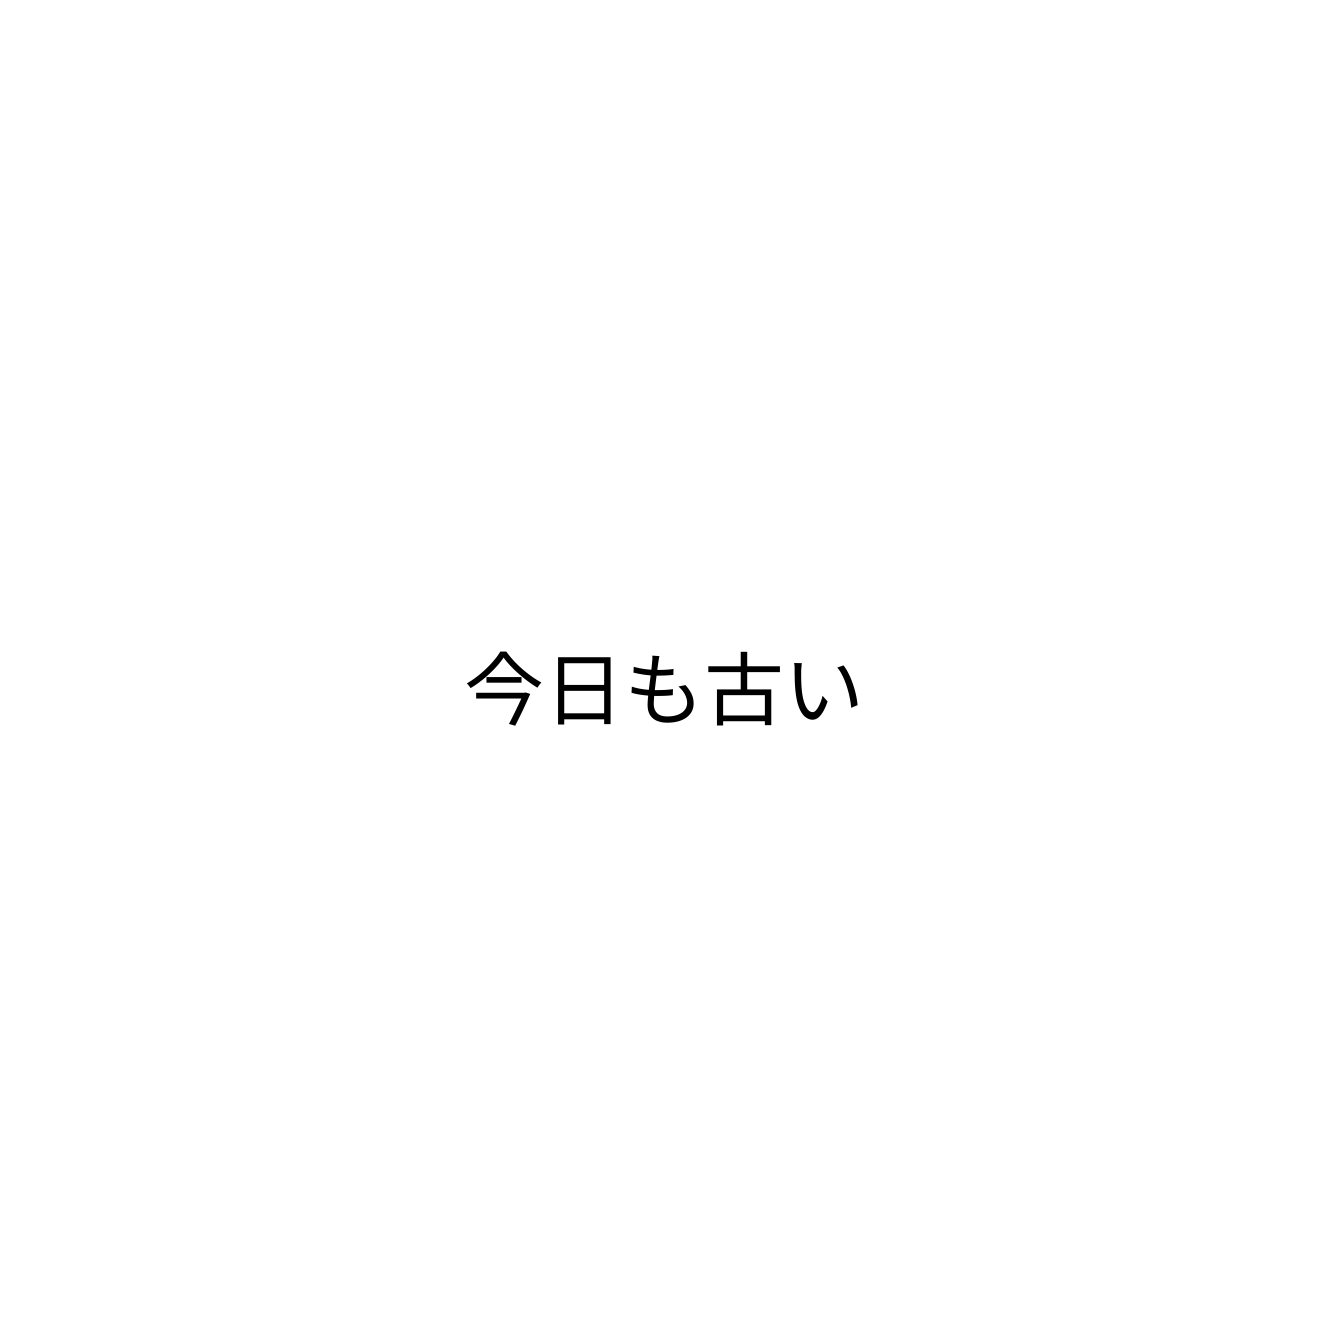
今日も古い